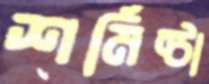
শর্মিষ্ঠা